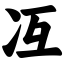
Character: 冱